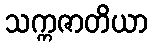
သက္ကဇာတိယာ